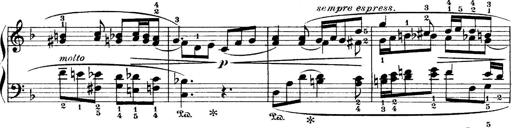
Title: 4 Sonatines
Composer: Max Reger